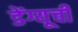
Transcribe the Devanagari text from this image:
डेंग्यूची